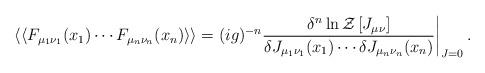
LaTeX: \begin{align*}\left.\left<\left<F_{\mu_1\nu_1}(x_1)\cdots F_{\mu_n\nu_n}(x_n)\right>\right>=(ig)^{-n}\frac{\delta^n\ln {\cal Z}\left[J_{\mu\nu}\right]}{\delta J_{\mu_1\nu_1}(x_1)\cdots \delta J_{\mu_n\nu_n}(x_n)}\right|_{J=0}.\end{align*}